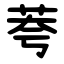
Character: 荂